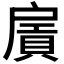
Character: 𢩛